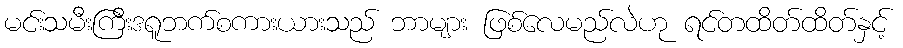
မင်းသမီးကြီးဒရူဘက်စကားယားသည် ဘာများ ဖြစ်လေမည်လဲဟု ရင်တထိတ်ထိတ်နှင့်